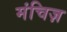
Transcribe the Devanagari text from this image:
मंचिज़